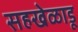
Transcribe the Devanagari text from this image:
सहखेळाडू